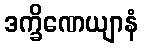
ဒက္ခိဏေယျာနံ